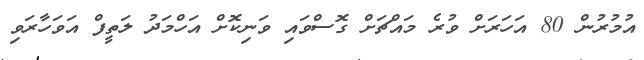
އުމުރުން 80 އަހަރަށް ވުރެ މައްޗަށް ގޮސްވައި ވަނިކޮށް އަހްމަދު ލަތީފް އަވަހާރަވި